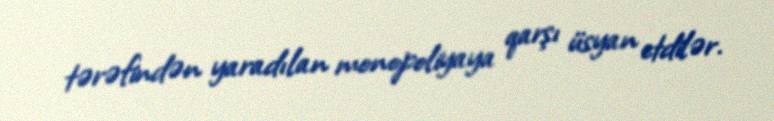
tərəfindən yaradılan monopoliyaya qarşı üsyan etdilər.